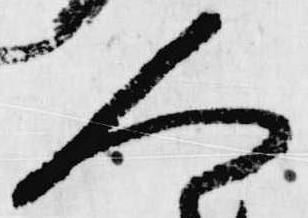
人